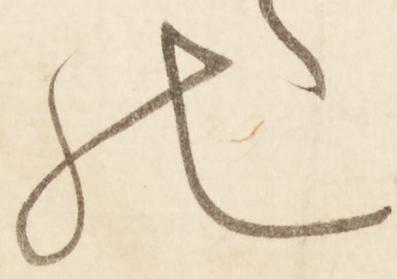
の